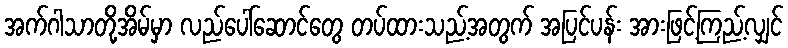
အက်ဂါသာတို့အိမ်မှာ လည်ပေါ်ဆောင်တွေ တပ်ထားသည့်အတွက် အပြင်ပန်း အားဖြင့်ကြည့်လျှင်